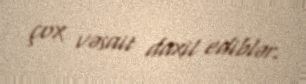
çox vəsait daxil ediblər.